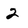
Character: 2